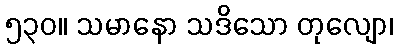
၅၃၀။ သမာနော သဒိသော တုလျော၊